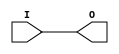
module IBUFG_LVCMOS2 (O, I);

    output O;

    input  I;

	buf B1 (O, I);


endmodule